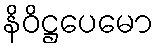
နိဝိဋ္ဌပေမော